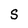
Character: S